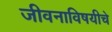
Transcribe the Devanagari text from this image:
जीवनाविषयीचे